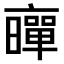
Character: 𠆛